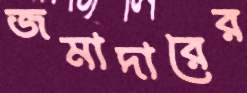
জমাদারের